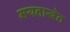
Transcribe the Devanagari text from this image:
मयनाखेत